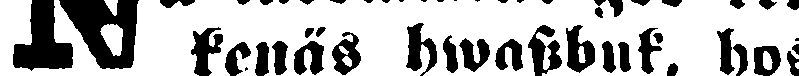
N kenäs hwassbuk, hos